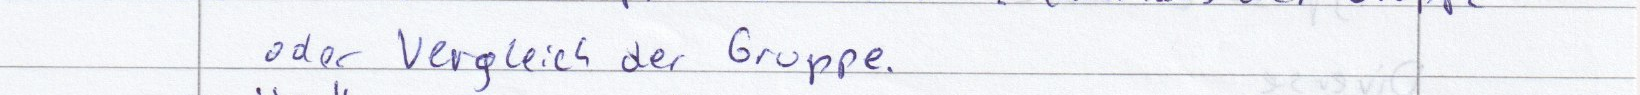
oder Vergleich der Gruppe.